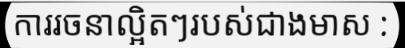
ការរចនាល្អិតៗរបស់ជាងមាស :